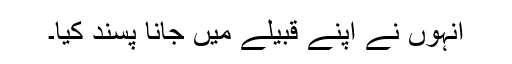
انہوں نے اپنے قبیلے میں جانا پسند کیا۔